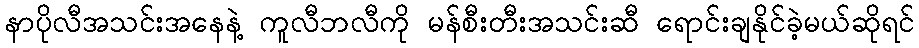
နာပိုလီအသင်းအနေနဲ့ ကူလီဘလီကို မန်စီးတီးအသင်းဆီ ရောင်းချနိုင်ခဲ့မယ်ဆိုရင်